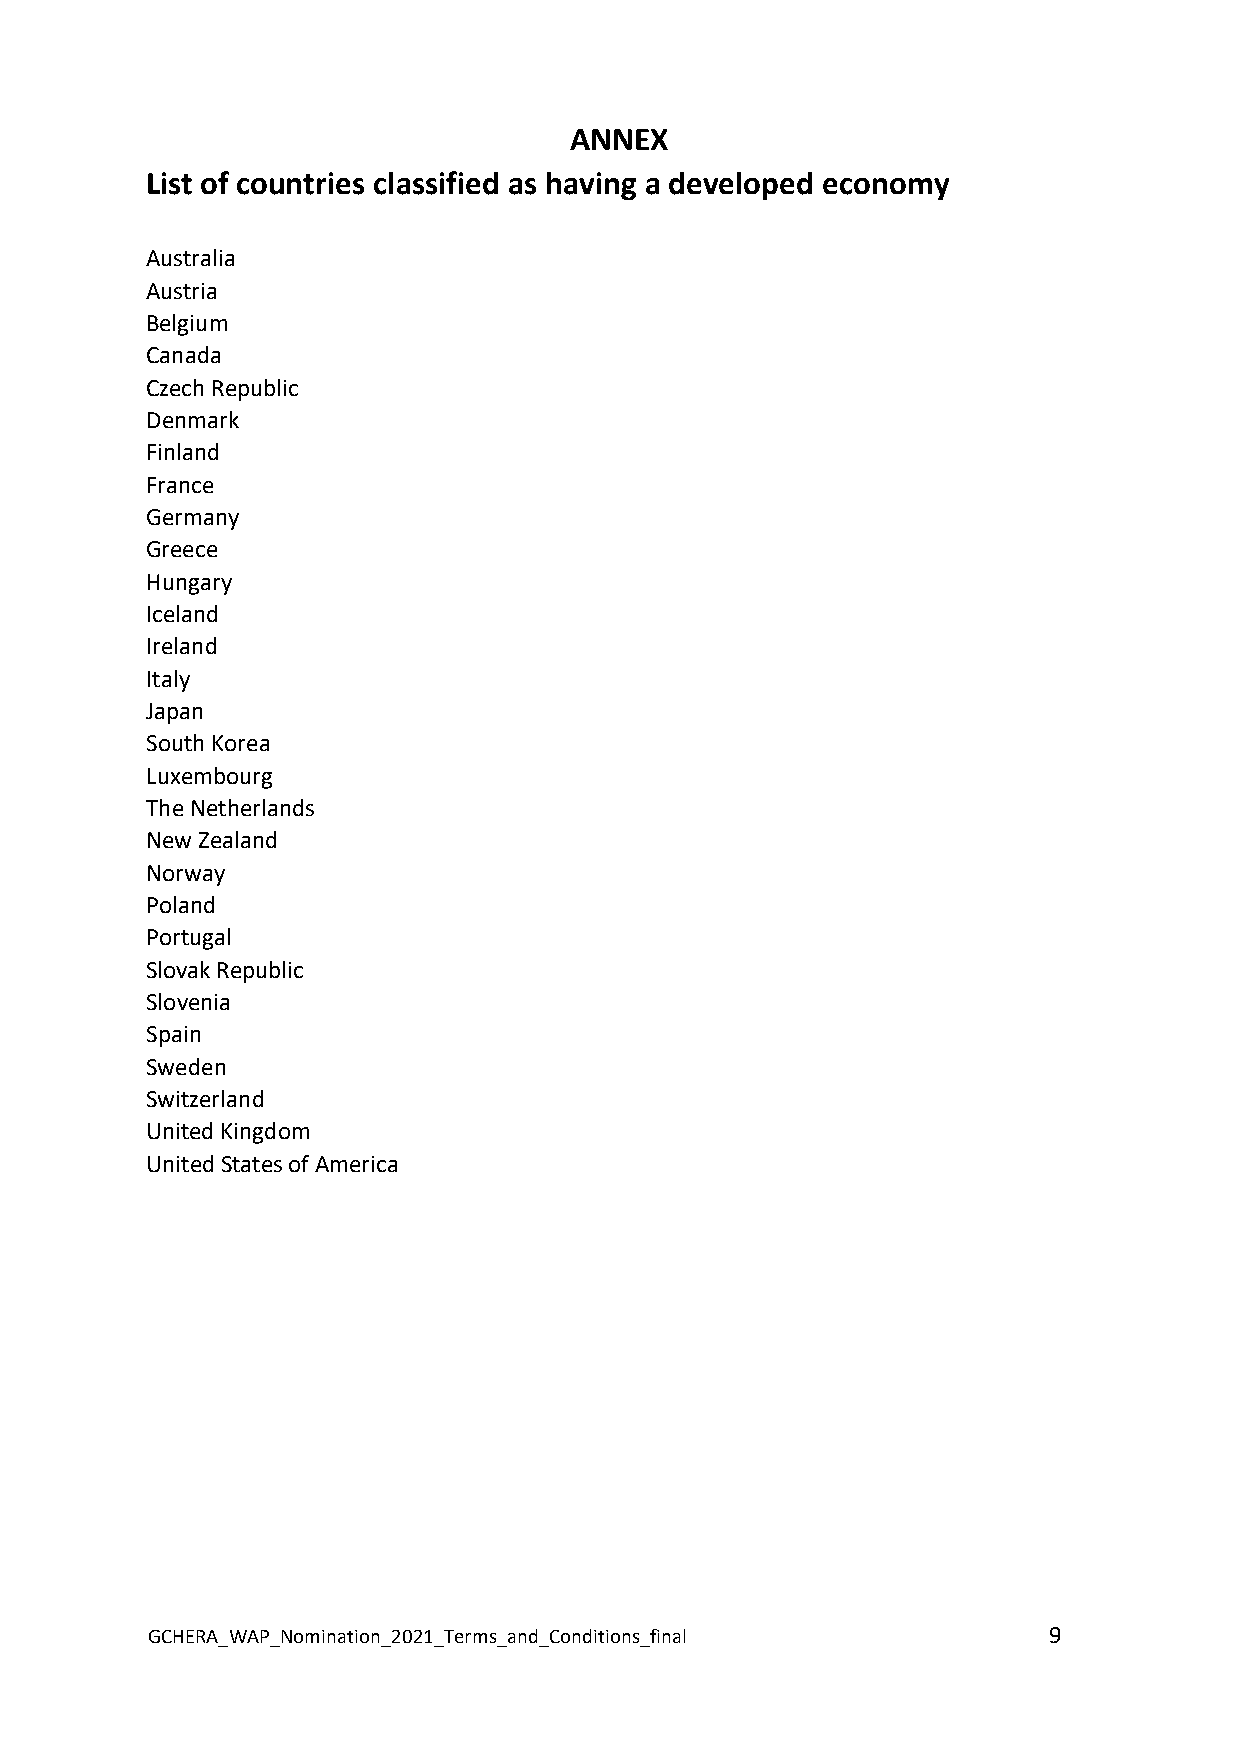
ANNEX
 List of countries classified as having a developed economy
 Australia
 Austria
 Belgium
 Canada
 Czech Republic
 Denmark
 Finland
 France
 Germany
 Greece
 Hungary
 Iceland
 Ireland
 Italy
 Japan
 South Korea
 Luxembourg
 The Netherlands
 New Zealand
 Norway
 Poland
 Portugal
 Slovak Republic
 Slovenia
 Spain
 Sweden
 Switzerland
 United Kingdom
 United States of America
 GCHERA_WAP_Nomination_2021_Terms_and_Conditions_final      9